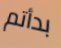
بدأتم